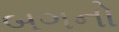
બગનો